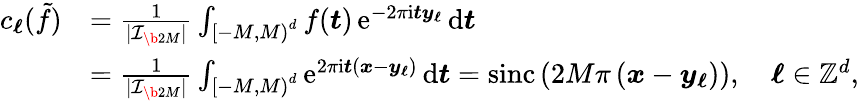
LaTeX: \begin{array}{rl}{c_{\boldsymbol\ell}(\tilde{f})}&{=\frac{1}{|\mathcal I_{\b{2M}}|}\int_{\left[-M,M\right)^{d}}f(\boldsymbol t)\, \mathrm e^{-2\pi\mathrm i\boldsymbol t\boldsymbol y_{\boldsymbol\ell}}\, \mathrm d\boldsymbol t}\\ &{=\frac{1}{|\mathcal I_{\b{2M}}|}\int_{\left[-M,M\right)^{d}}\mathrm e^{2\pi\mathrm i\boldsymbol t(\boldsymbol x-\boldsymbol y_{\boldsymbol\ell})}\, \mathrm d\boldsymbol t=\mathrm{sinc}\left(2M\pi\left(\boldsymbol x-\boldsymbol y_{\boldsymbol\ell}\right)\right),\quad\boldsymbol\ell\in\mathbb Z^{d},}\end{array}